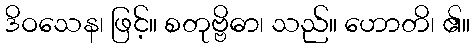
ဒိဝသေန၊ ဖြင့်။ စတုဗ္ဗိဓာ၊ သည်။ ဟောတိ၊ ၏။